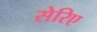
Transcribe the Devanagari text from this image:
सेरिए